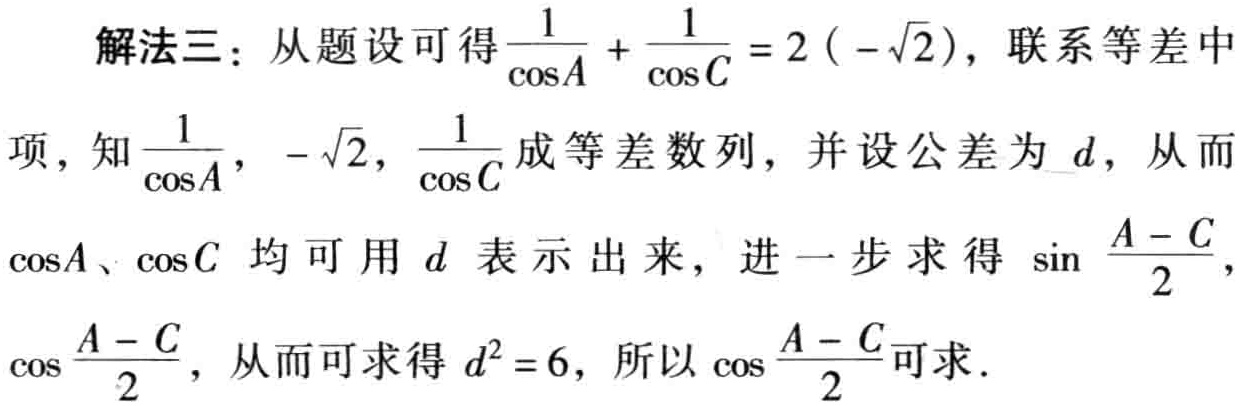
解法三：从题设可得$\frac{1}{\cos A}+\frac{1}{\cos C}=2(-\sqrt{2})$，联系等差中

项，知$\frac{1}{\cos A},-\sqrt{2},\frac{1}{\cos C}$成等差数列，并设公差为$d$，从而

$\cos A$、$\cos C$ 均可用 $d$ 表示出来，进一步求得 $\sin\frac{A - C}{2}$，

$\cos\frac{A - C}{2}$，从而可求得 $d^{2}=6$，所以 $\cos\frac{A - C}{2}$可求．